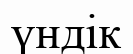
үндік